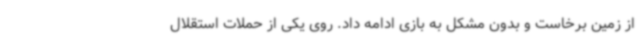
از زمین برخاست و بدون مشکل به بازی ادامه داد. روی یکی از حملات استقلال